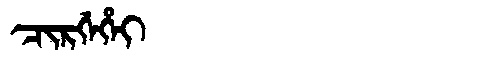
Manchu: ᠴᡳᡵᡤᡝᡥᡝᡳ
Romanization: CIRGEHEI